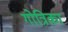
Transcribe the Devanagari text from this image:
गोत्रिका